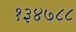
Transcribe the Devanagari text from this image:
१३४७८८